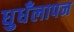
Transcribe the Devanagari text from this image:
धुधँलापन